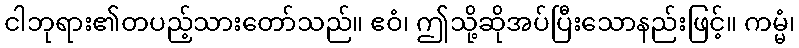
ငါဘုရား၏တပည့်သားတော်သည်။ ဧဝံ၊ ဤသို့ဆိုအပ်ပြီးသောနည်းဖြင့်။ ကမ္မံ၊